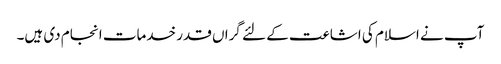
آپ نے اسلام کی اشاعت کے لئے گراں قدر خدمات انجام دی ہیں۔